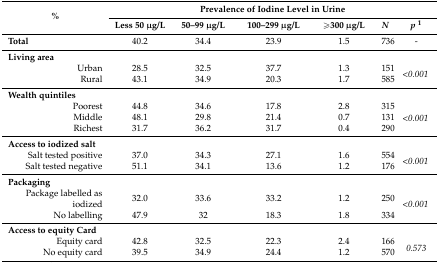
| <ROWSPAN=2> % | <COLSPAN=6> Prevalence of Iodine Level in Urine |
 | Less 50 μg/L | 50–99 μg/L | 100–299 μg/L | ≥300 μg/L | N | p1 |
 | --- | --- | --- | --- | --- | --- | --- |
 | Total | 40.2 | 34.4 | 23.9 | 1.5 | 736 | - |
 | Living area |  |  |  |  |  |  |
 | Urban | 28.5 | 32.5 | 37.7 | 1.3 | 151 | <ROWSPAN=2> <0.001 |
 | Rural | 43.1 | 34.9 | 20.3 | 1.7 | 585 |
 | Wealth quintiles |  |  |  |  |  |  |
 | Poorest | 44.8 | 34.6 | 17.8 | 2.8 | 315 | <ROWSPAN=3> <0.001 |
 | Middle | 48.1 | 29.8 | 21.4 | 0.7 | 131 |
 | Richest | 31.7 | 36.2 | 31.7 | 0.4 | 290 |
 | Access to iodized salt |  |  |  |  |  |  |
 | Salt tested positive | 37.0 | 34.3 | 27.1 | 1.6 | 554 | <ROWSPAN=2> <0.001 |
 | Salt tested negative | 51.1 | 34.1 | 13.6 | 1.2 | 176 |
 | Packaging |  |  |  |  |  |  |
 | Package labelled as iodized | 32.0 | 33.6 | 33.2 | 1.2 | 250 | <ROWSPAN=2> <0.001 |
 | No labelling | 47.9 | 32 | 18.3 | 1.8 | 334 |
 | Access to equity Card |  |  |  |  |  |  |
 | Equity card | 42.8 | 32.5 | 22.3 | 2.4 | 166 | <ROWSPAN=2> 0.573 |
 | No equity card | 39.5 | 34.9 | 24.4 | 1.2 | 570 |